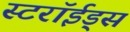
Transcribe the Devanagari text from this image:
स्टरॉईड्स